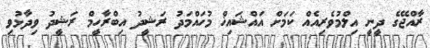
ރާއްޖޭގެ ދީނީ އިލްމުވެރިއެއް ކަމަށް އައްޝައިޚް މުހައްމަދު ރަޝީދު އިބްރާހީމް ރަޝީދު ވިދާޅުވި